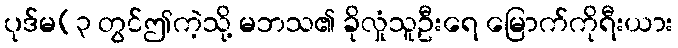
ပုဒ်မ(၃ တွင်ဤကဲ့သို့ မဘသ၏ ခိုလှုံသူဦးရေ မြောက်ကိုရီးယား